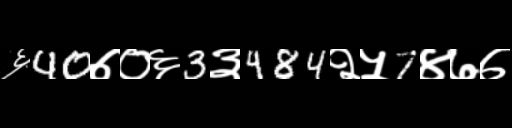
Text: ६40७०६3३484२५7४७७